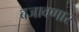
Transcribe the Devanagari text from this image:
बजावणार